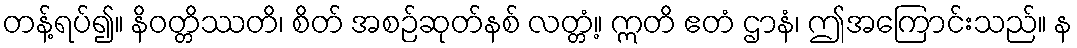
တန့်ရပ်၍။ နိဝတ္တိဿတိ၊ စိတ် အစဉ်ဆုတ်နစ် လတ္တံ့။ ဣတိ ဧတံ ဌာနံ၊ ဤအကြောင်းသည်။ န